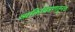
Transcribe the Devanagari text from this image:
व्यक्तिचित्रणातूनच